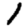
Digit: 1